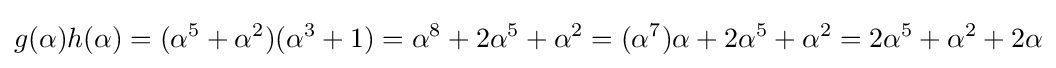
g(\alpha )h(\alpha )=(\alpha ^{5}+\alpha ^{2})(\alpha ^{3}+1)=\alpha ^{8}+2\alpha ^{5}+\alpha ^{2}=(\alpha ^{7})\alpha +2\alpha ^{5}+\alpha ^{2}=2\alpha ^{5}+\alpha ^{2}+2\alpha